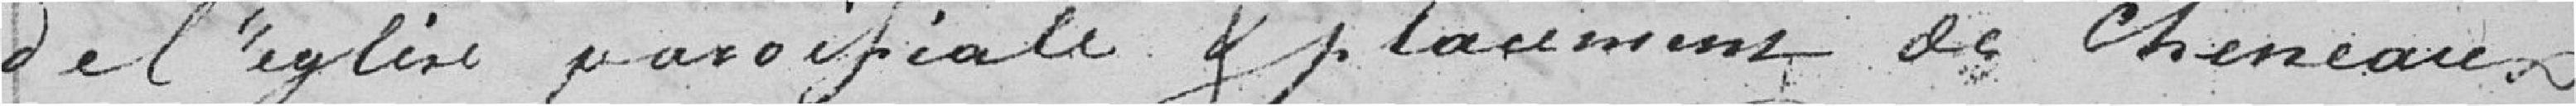
de l'église paroissiale et placement de chéneaux